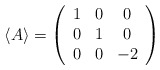
\begin{align*}\langle A\rangle= \left( \begin{array}{ccc} 1 & 0 & 0 \\ 0 & 1 & 0 \\ 0 & 0 & -2 \\ \end{array} \right)\end{align*}